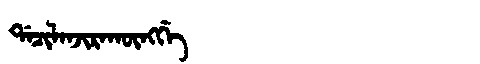
Manchu: ᡩᠠᠴᡳᠯᠠᠨᠵᡳᡵᠠᡴᡡᠩᡤᡝ
Romanization: DACILANJIRAKŪNGGE